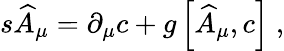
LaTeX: s\widehat{A}_{\mu}=\partial_{\mu}c+g\left[\widehat{A}_{\mu},c\right]\; ,